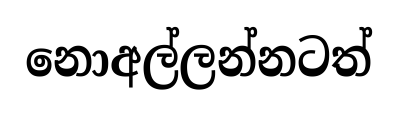
නොඅල්ලන්නටත්